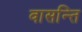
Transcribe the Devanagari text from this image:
वासन्ति